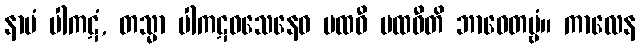
နာမံ ပါကဋံ, တသ္မာ ပါကဋဝသေနေဝ ပထဝီ ပထဝီတိ ဘာဝေတဗ္ဗံ။ ကာလေန